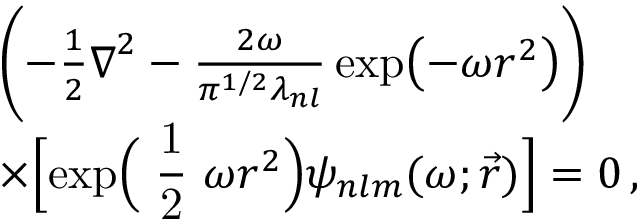
\begin{array} { r l } & { \mathrel { \phantom { = } } \biggl ( - \frac { 1 } { 2 } \boldsymbol { \nabla } ^ { 2 } - \frac { 2 \omega } { \pi ^ { 1 / 2 } \lambda _ { n l } } \exp \bigl ( - \omega r ^ { 2 } \bigr ) \biggr ) } \\ & { \mathrel { \phantom { = } } \times \Bigl [ \exp \Bigl ( \mathrm { \small ~ \displaystyle \frac { 1 } { 2 } ~ } \omega r ^ { 2 } \Bigr ) \psi _ { n l m } ( \omega ; \vec { r } ) \Bigr ] = 0 \, , } \end{array}